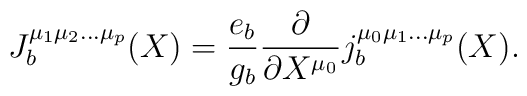
J_{b}^{\mu_{1}\mu_{2}\ldots\mu_{p}}(X)	=	\frac{e_{b}}{g_{b}}\frac{\partial}{\partial X^{\mu_0}}	j_{b}^{\mu_{0}\mu_{1}\ldots\mu_{p}}(X).